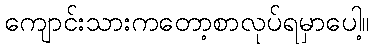
ကျောင်းသားကတော့စာလုပ်ရမှာပေါ့။